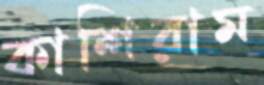
কাশিরাম